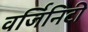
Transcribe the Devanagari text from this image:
वर्जिनिटी